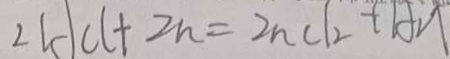
2 H C l + 2 n = 2 n C l _ { 2 } + H _ { 2 } \uparrow